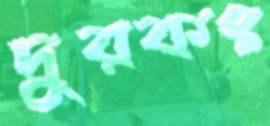
দুরকং